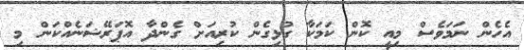
އެހެން ނަމަވެސް މިއީ ކޮން ކަމަކާ ގުޅިގެން ކުރިއަށް ގެންދާ އޮޕަރޭޝަނެއްކަން މި